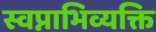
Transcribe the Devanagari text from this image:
स्वप्नाभिव्यक्ति